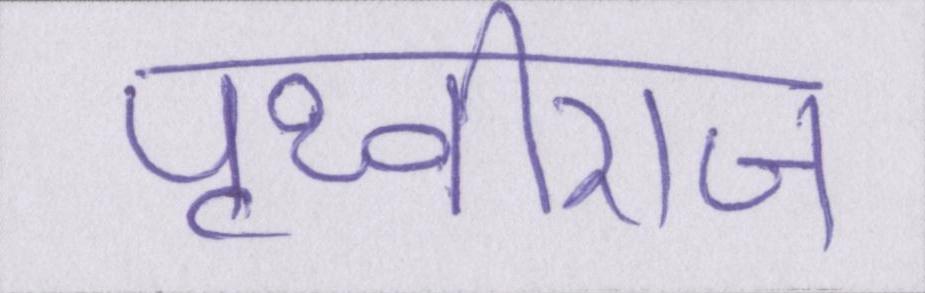
पृथ्वीराज